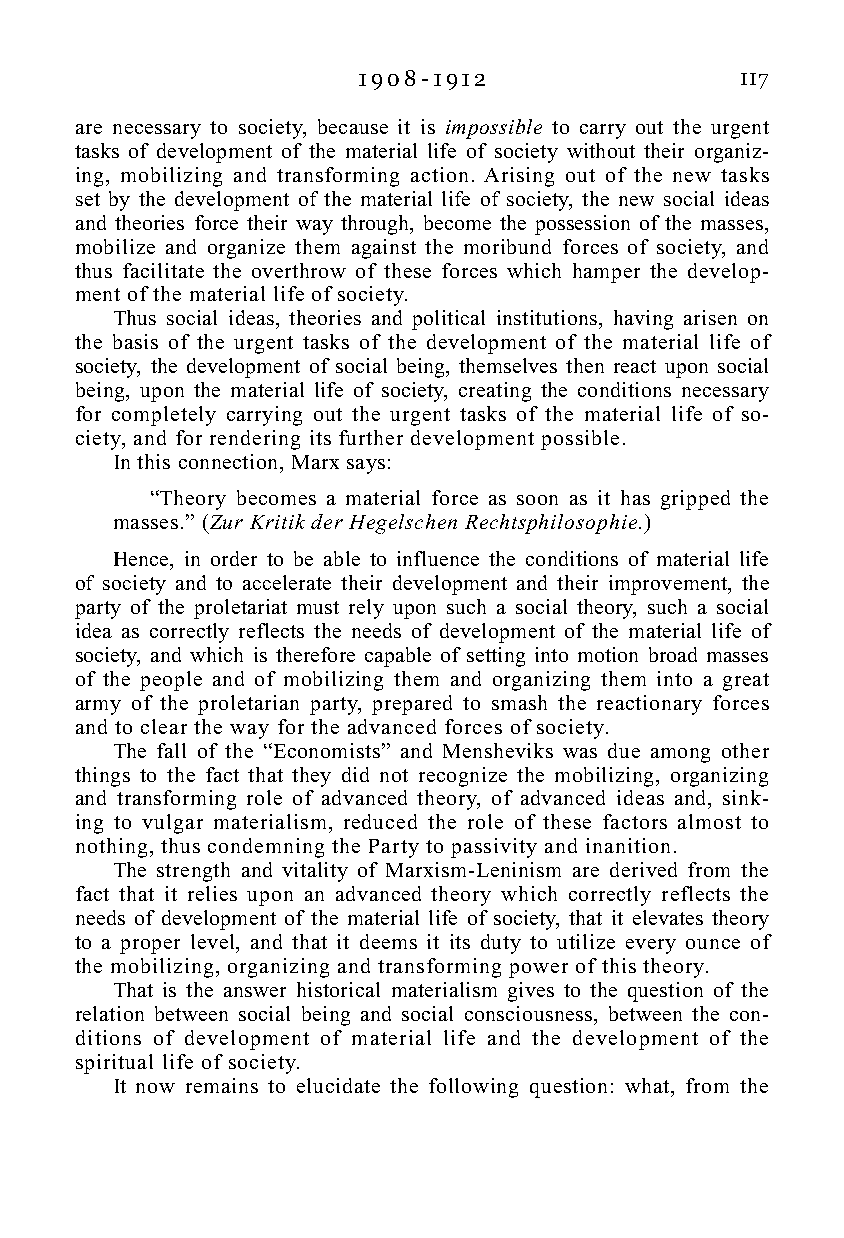
1 9 0 8 - 1 9 1 2        117
 are necessary to society, because it is impossible to carry out the urgent
 tasks of development of the material life of society without their organiz-
 ing, mobilizing and transforming action. Arising out of the new tasks
 set by the development of the material life of society, the new social ideas
 and theories force their way through, become the possession of the masses,
 mobilize and organize them against the moribund forces of society, and
 thus facilitate the overthrow of these forces which hamper the develop-
 ment of the material life of society.
 Thus social ideas, theories and political institutions, having arisen on
 the basis of the urgent tasks of the development of the material life of
 society, the development of social being, themselves then react upon social
 being, upon the material life of society, creating the conditions necessary
 for completely carrying out the urgent tasks of the material life of so-
 ciety, and for rendering its further development possible.
 In this connection, Marx says:
 “Theory becomes a material force as soon as it has gripped the
 masses.” (Zur Kritik der Hegelschen Rechtsphilosophie.)
 Hence, in order to be able to influence the conditions of material life
 of society and to accelerate their development and their improvement, the
 party of the proletariat must rely upon such a social theory, such a social
 idea as correctly reflects the needs of development of the material life of
 society, and which is therefore capable of setting into motion broad masses
 of the people and of mobilizing them and organizing them into a great
 army of the proletarian party, prepared to smash the reactionary forces
 and to clear the way for the advanced forces of society.
 The fall of the “Economists” and Mensheviks was due among other
 things to the fact that they did not recognize the mobilizing, organizing
 and transforming role of advanced theory, of advanced ideas and, sink-
 ing to vulgar materialism, reduced the role of these factors almost to
 nothing, thus condemning the Party to passivity and inanition.
 The strength and vitality of Marxism-Leninism are derived from the
 fact that it relies upon an advanced theory which correctly reflects the
 needs of development of the material life of society, that it elevates theory
 to a proper level, and that it deems it its duty to utilize every ounce of
 the mobilizing, organizing and transforming power of this theory.
 That is the answer historical materialism gives to the question of the
 relation between social being and social consciousness, between the con-
 ditions of development of material life and the development of the
 spiritual life of society.
 It now remains to elucidate the following question: what, from the